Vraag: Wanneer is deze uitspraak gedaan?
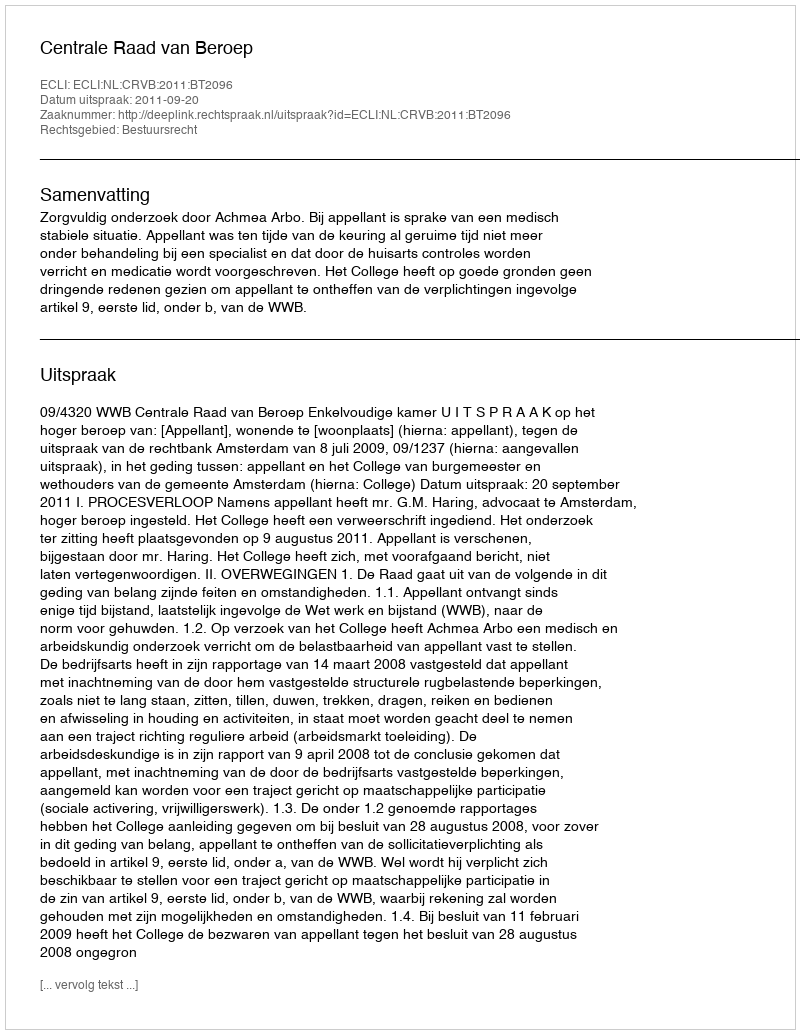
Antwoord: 2011-09-20